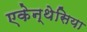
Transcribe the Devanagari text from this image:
एकेन्थेसिया